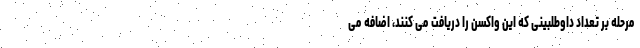
مرحله بر تعداد داوطلبینی که این واکسن را دریافت می کنند، اضافه می